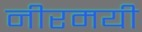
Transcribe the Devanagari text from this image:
नीरमयी